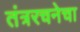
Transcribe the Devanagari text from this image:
तंत्ररचनेचा